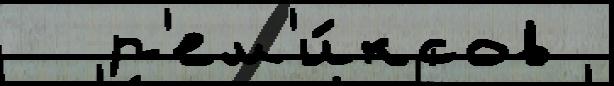
  р'ем'и́ксов